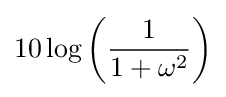
10\log \left({\frac {1}{1+\omega ^{2}}}\right)